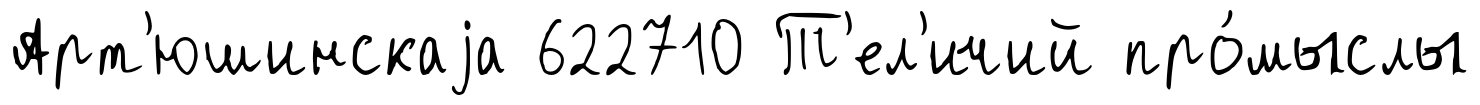
Арт'юшинскаjа 622710 Т'ел'ичий про́мыслы